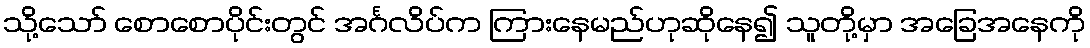
သို့သော် စောစောပိုင်းတွင် အင်္ဂလိပ်က ကြားနေမည်ဟုဆိုနေ၍ သူတို့မှာ အခြေအနေကို